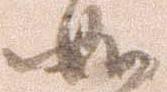
如